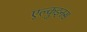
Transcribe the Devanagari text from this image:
एल्कुइनस